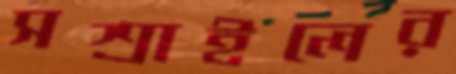
সশ্রাইলের